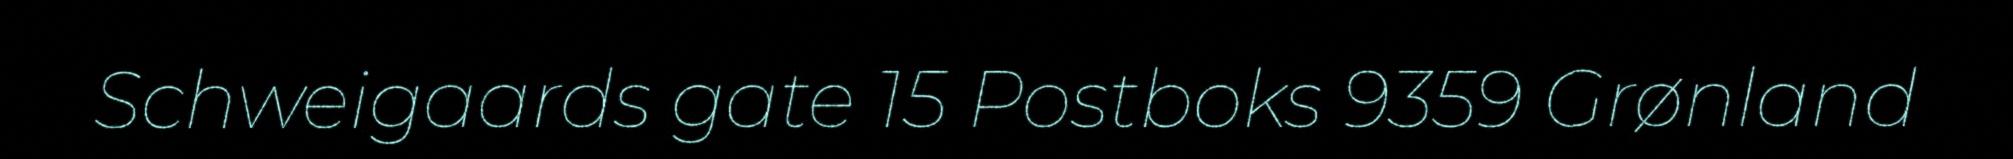
Schweigaards gate 15 Postboks 9359 Grønland